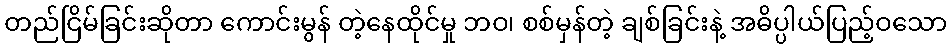
တည်ငြိမ်ခြင်းဆိုတာ ကောင်းမွန် တဲ့နေထိုင်မှု ဘဝ၊ စစ်မှန်တဲ့ ချစ်ခြင်းနဲ့ အဓိပ္ပါယ်ပြည့်ဝသော